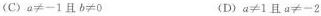
(C)$$a\neq -1$$且$$b\neq 0$$ (D)$$a\neq 1$$且$$a\neq -2$$